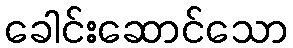
ခေါင်းဆောင်သော